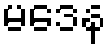
မဒေန